Indian journal of veterinary science and animal husbandry - Volume 7,
Year: 1937
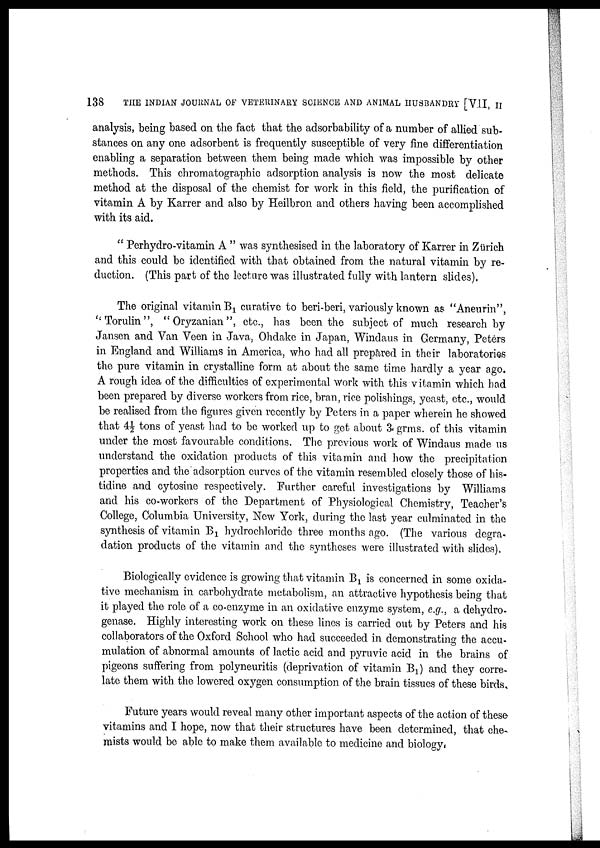
138
THE INDIAN JOURNAL OF VETERINARY SCIENCE AND ANIMAL HUSBANDRY [VII, II
analysis, being based on the fact that the adsorbability of a number of allied sub-
stances on any one adsorbent is frequently susceptible of very fine differentiation
enabling a separation between them being made which was impossible by other
methods. This chromatographic adsorption analysis is now the most delicate
method at the disposal of the chemist for work in this field, the purification of
vitamin A by Karrer and also by Heilbron and others having been accomplished
with its aid.
" Perhydro-vitamin A " was synthesised in the laboratory of Karrer in Zurich
and this could be identified with that obtained from the natural vitamin by re-
duction. (This part of the lecture was illustrated fully with lantern slides).
The original vitamin B 1 curative to beri-beri, variously known as "Aneurin",
" Torulin ", " Oryzanian ", etc., has been the subject of much research by
Jansen and Van Veen in Java, Ohdake in Japan, Windaus in Germany, Peters
in England and Williams in America, who had all prepared in their laboratories
the pure vitamin in crystalline form at about the same time hardly a year ago.
A rough idea of the difficulties of experimental work with this vitamin which had
been prepared by diverse workers from rice, bran, rice polishings, yeast, etc., would
be realised from the figures given recently by Peters in a paper wherein he showed
that 4½ tons of yeast had to be worked up to get about 3 grms. of this vitamin
under the most favourable conditions. The previous work of Windaus made us
understand the oxidation products of this vitamin and how the precipitation
properties and the adsorption curves of the vitamin resembled closely those of his¬
tidine and cytosine respectively. Further careful investigations by Williams
and his co-workers of the Department of Physiological Chemistry, Teacher's
College, Columbia University, New York, during the last year culminated in the
synthesis of vitamin B 1 hydrochloride three months ago. (The various degra-
dation products of the vitamin and the syntheses were illustrated with slides).
Biologically evidence is growing that vitamin B 1 is concerned in some oxida-
tive mechanism in carbohydrate metabolism, an attractive hypothesis being that
it played the role of a co-enzyme in an oxidative enzyme system, e.g., a dehydro-
genase. Highly interesting work on these lines is carried out by Peters and his
collaborators of the Oxford School who had succeeded in demonstrating the accu-
mulation of abnormal amounts of lactic acid and pyruvic acid in the brains of
pigeons suffering from polyneuritis (deprivation of vitamin B 1 ) and they corre-
late them with the lowered oxygen consumption of the brain tissues of these birds.
Future years would reveal many other important aspects of the action of these
vitamins and I hope, now that their structures have been determined, that che-
mists would be able to make them available to medicine and biology.